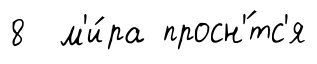
8 м'и́ра просн'́тс'я